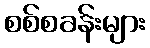
စစ်စခန်းများ